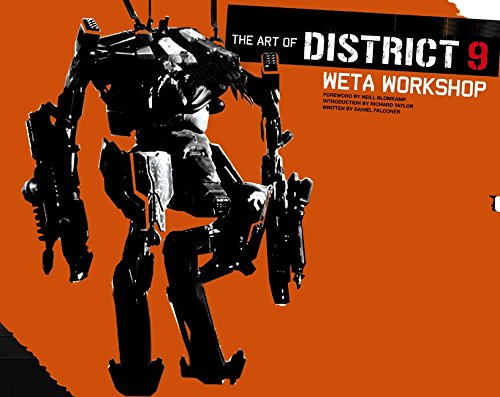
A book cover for The Art of District 9: Weta Workshop; Daniel Falconer; Humor & Entertainment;